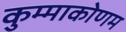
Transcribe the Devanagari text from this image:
कुम्माकोणम